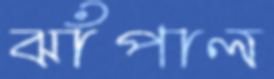
ঝাঁপাল